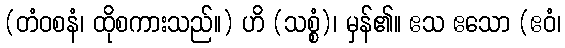
(တံဝစနံ၊ ထိုစကားသည်။) ဟိ (သစ္စံ)၊ မှန်၏။ ဧသ ဧသော (ဧဝံ၊